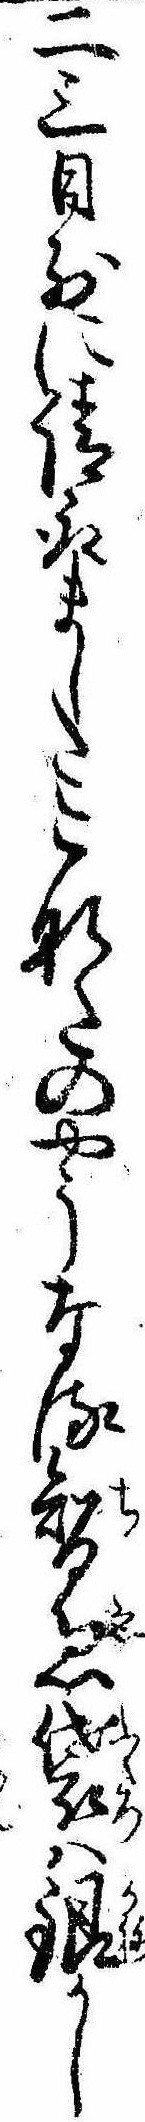
二三日前に請取ましたこなたのやうなる智恵袋は銀かし